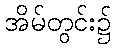
အိမ်တွင်း၌